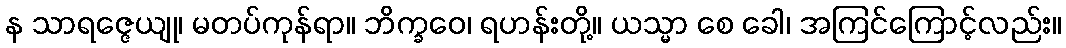
န သာရဇ္ဇေယျု၊ မတပ်ကုန်ရာ။ ဘိက္ခဝေ၊ ရဟန်းတို့။ ယသ္မာ စေ ခေါ၊ အကြင်ကြောင့်လည်း။